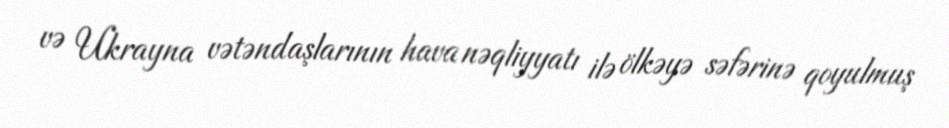
və Ukrayna vətəndaşlarının hava nəqliyyatı ilə ölkəyə səfərinə qoyulmuş